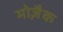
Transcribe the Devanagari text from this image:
मोजै़क